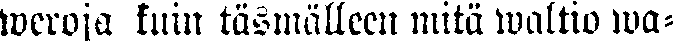
weroja kuin täsmälleen mitä waltio wa-